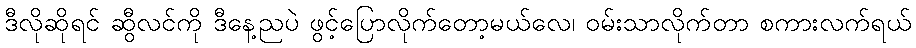
ဒီလိုဆိုရင် ဆွီလင်ကို ဒီနေ့ညပဲ ဖွင့်ပြောလိုက်တော့မယ်လေ၊ ဝမ်းသာလိုက်တာ စကားလက်ရယ်